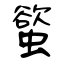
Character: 螸